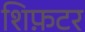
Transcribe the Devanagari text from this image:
शिफ़टर